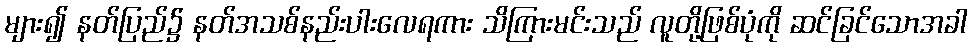
များ၍ နတ်ပြည်၌ နတ်အသစ်နည်းပါးလေရကား သိကြားမင်းသည် လူတို့ဖြစ်ပုံကို ဆင်ခြင်သောအခါ